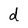
Character: d